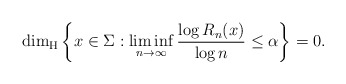
\begin{align*}\dim_{\rm H}\left\{x\in\Sigma: \liminf_{n\to\infty}\frac{\log R_n(x)}{\log n}\leq\alpha\right\}=0.\end{align*}